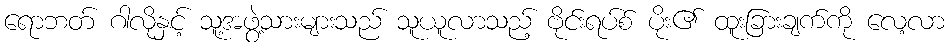
ရောဘတ် ဂါလိုနှင့် သူ့အဖွဲ့သားများသည် သူယူလာသည့် ဗိုင်းရပ်စ် ပိုး၏ ထူးခြားချက်ကို လေ့လာ